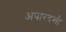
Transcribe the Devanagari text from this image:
अपारदशी